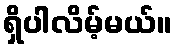
ရှိပါလိမ့်မယ်။